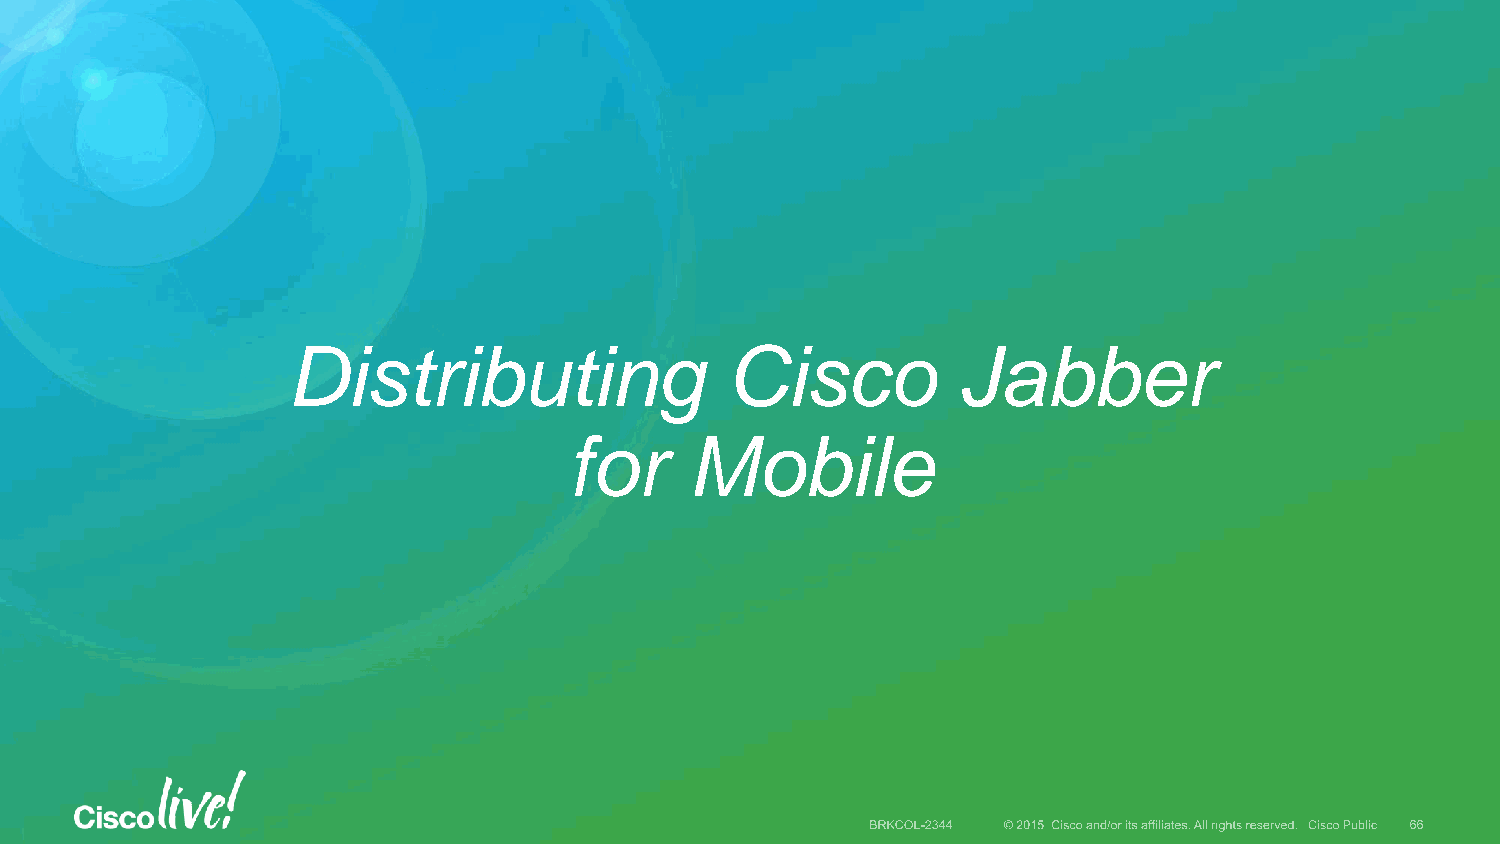
Distributing                 Cisco          Jabber
 for     Mobile